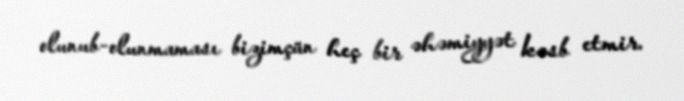
olunub-olunmaması bizimçün heç bir əhəmiyyət kəsb etmir.